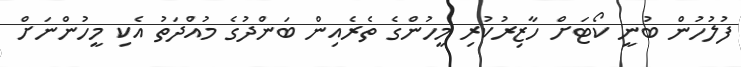
ފުލުހުން ބުނީ ކޯޓަށް ހާޒިރުކުރި މީހުންގެ ތެރެއިން ބަންދުގެ މުއްދަތު އެކި މީހުންނަށް